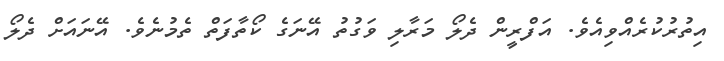
އިތުރުކުރެއްވިއެވެ. އަފްރީން ދެލޯ މަރާލި ވަގުތު އޭނަގެ ކޯތާފަތް ތެމުނެވެ. އޭނައަށް ދެލޯ